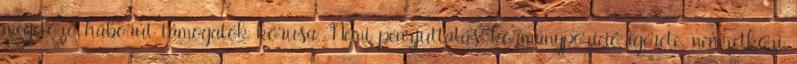
megelőző háborút támogatók kórusa. Némi pénzjuttatás, kormánypozíció ígérete, nemzetközi